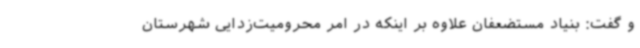
و گفت: بنیاد مستضعفان علاوه بر اینکه در امر محرومیت‌زدایی شهرستان